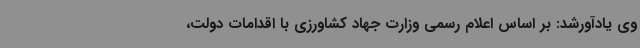
وی یادآورشد: بر اساس اعلام رسمی وزارت جهاد کشاورزی با اقدامات دولت،